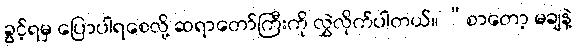
ခွင့်ရမှ ပြောပါရစေလို့ ဆရာတော်ကြီးကို လွှဲလိုက်ပါတယ်။ “စာတော့ မချနဲ့